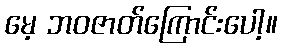
မေ့ ဘဝဇာတ်ကြောင်းပေါ့။